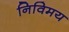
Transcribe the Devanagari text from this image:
निविमय